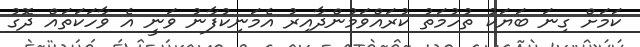
ކަމަށް ގިނަ ބަޔަކު ތުހުމަތު ކުރައްވަމުންދާއިރު އެމަނިކުފާނު ވަނީ އެ ވާހަކަތައް ދޮގު